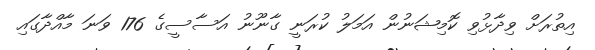
އިތުރަށް ވިދާޅުވި ކޮމިޝަނުން އަމަލު ކުރަނީ ގާނޫނު އަސާސީގެ 176 ވަނަ މާއްދާގައި